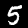
Label: 5